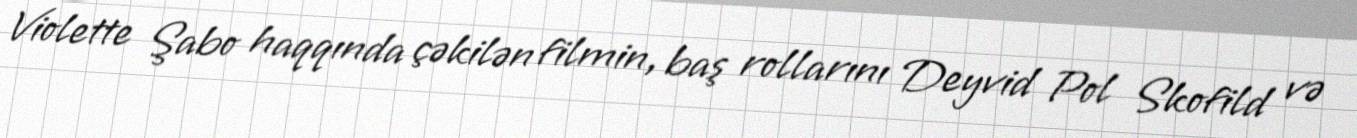
Violette Şabo haqqında çəkilən filmin, baş rollarını Deyvid Pol Skofild və